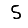
Digit: 5